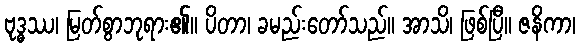
ဗုဒ္ဓဿ၊ မြတ်စွာဘုရား၏။ ပိတာ၊ ခမည်းတော်သည်။ အာသိ၊ ဖြစ်ပြီ။ ဇနိကာ၊